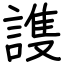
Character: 謢